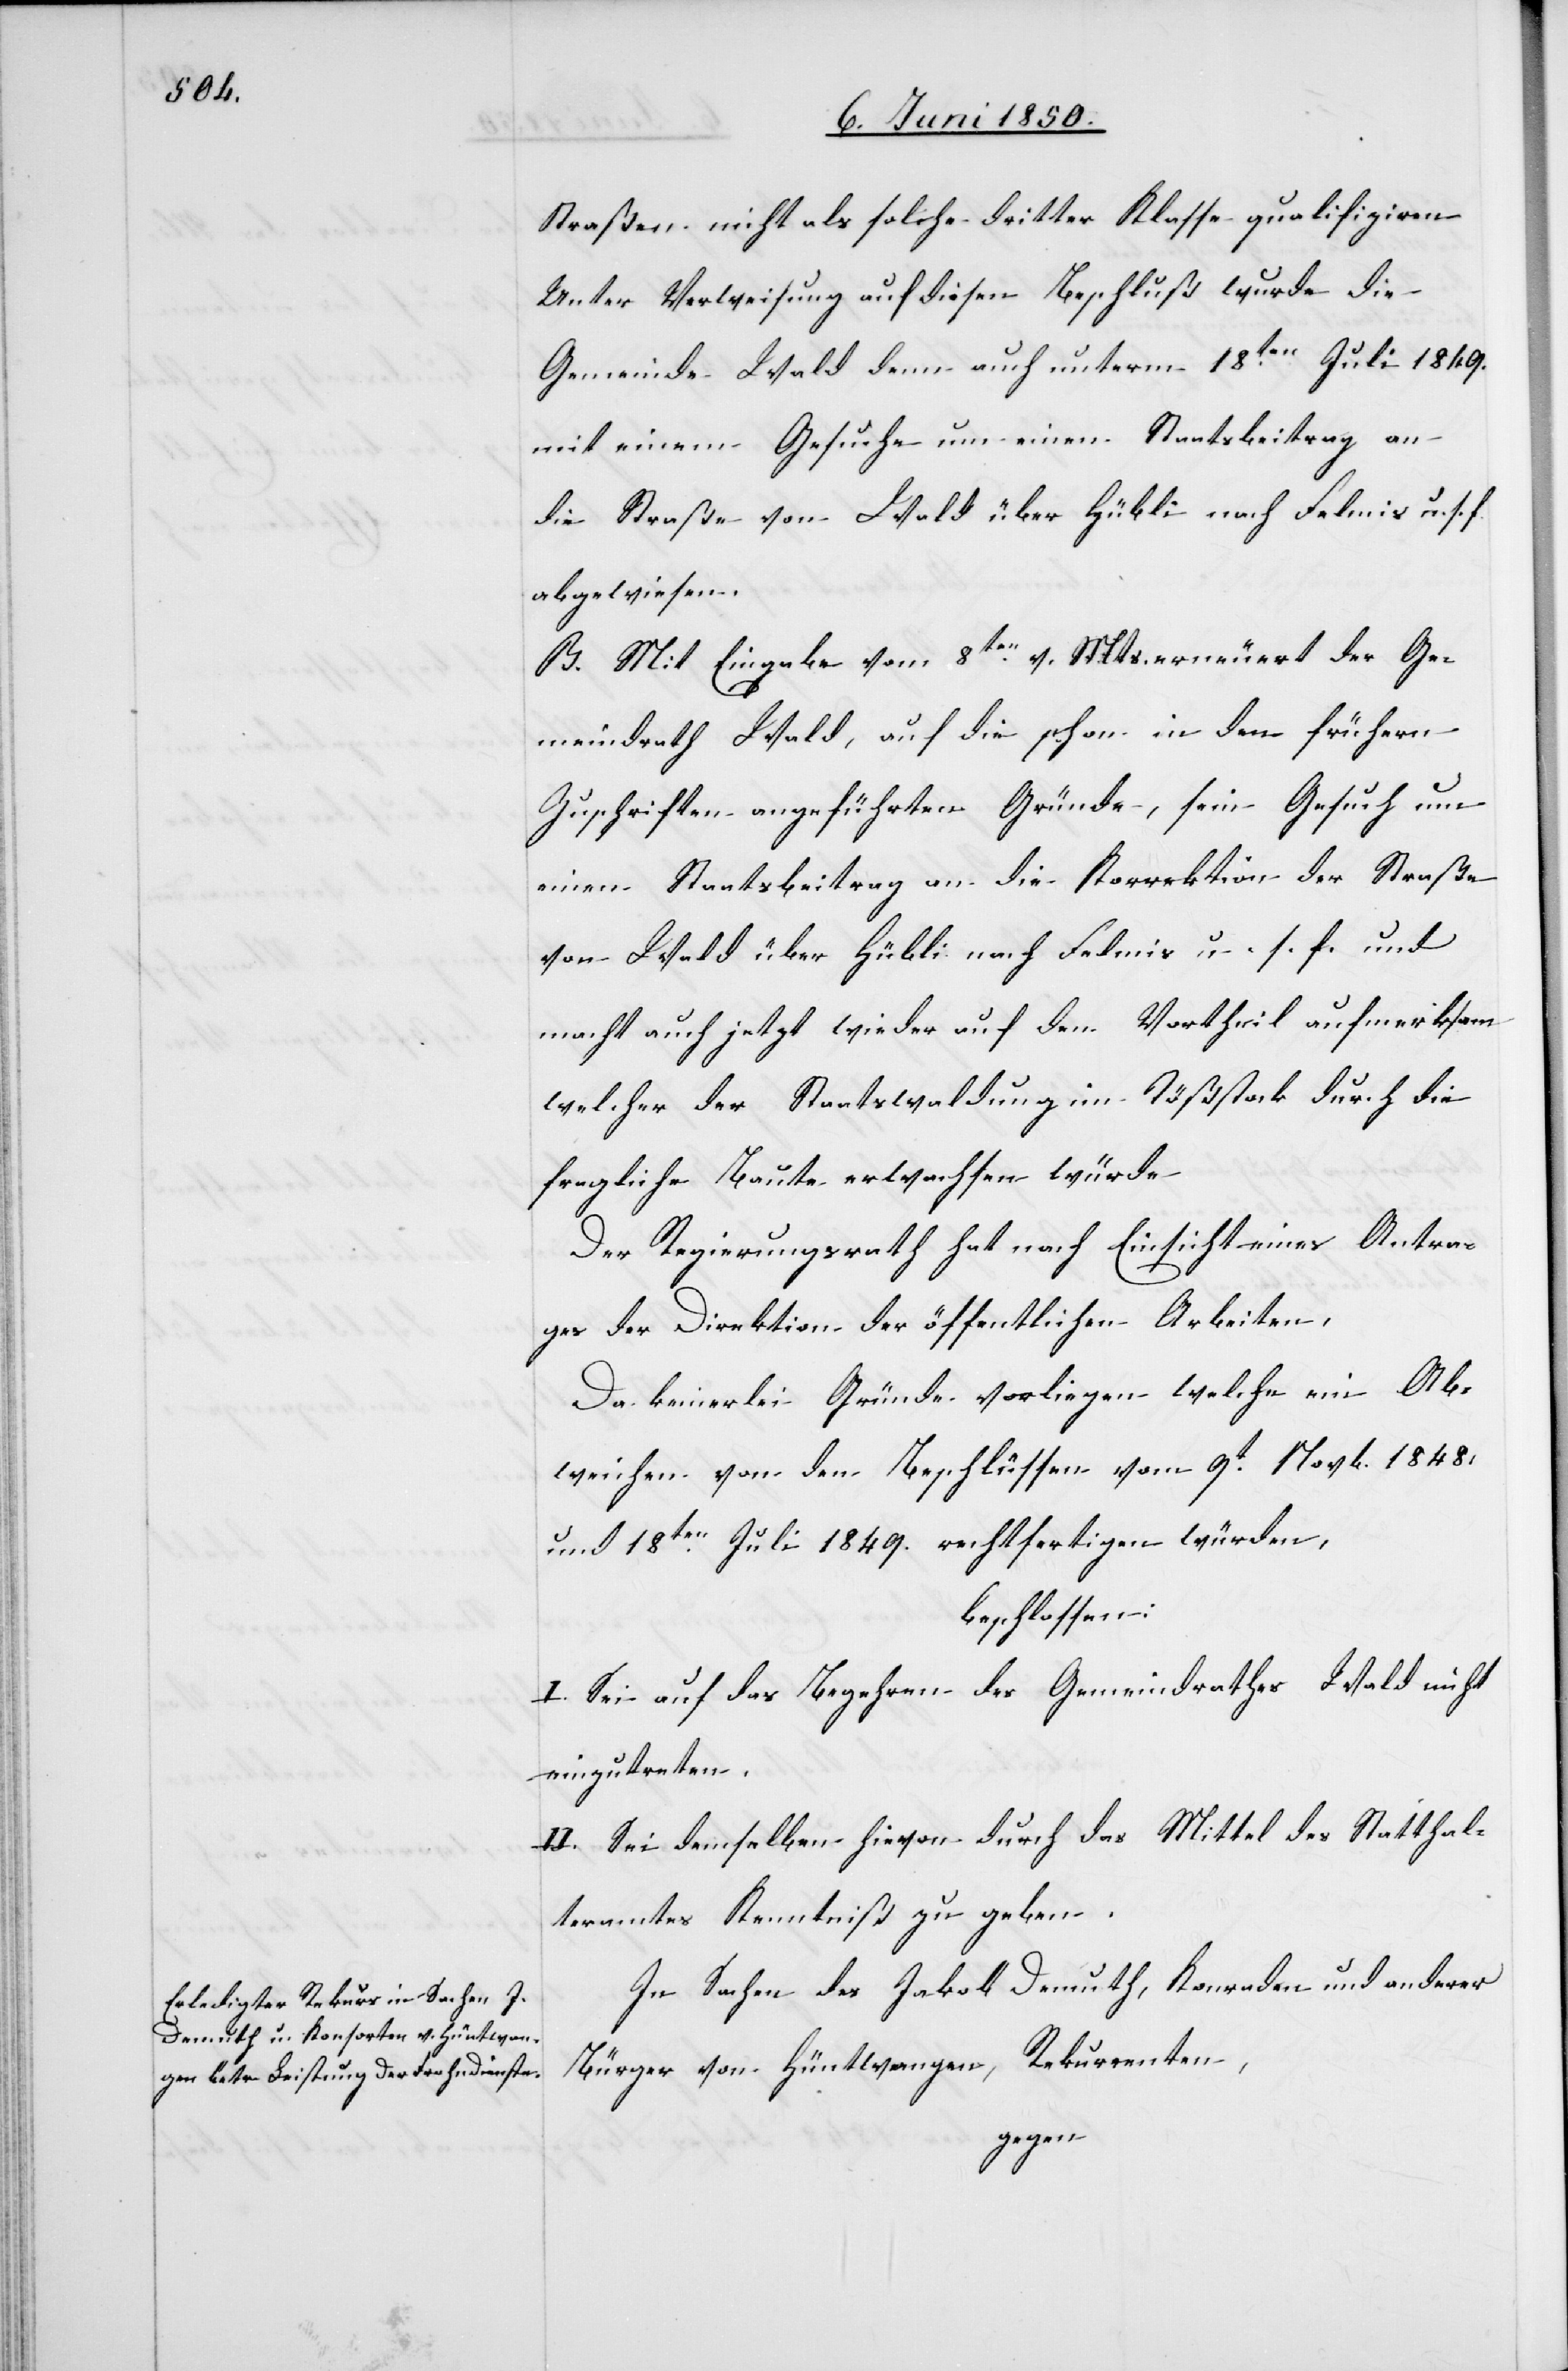
Straßen nicht als solche dritter Klasse qualifiziren[.]
Unter Verweisung auf diesen Beschluß wurde die
Gemeinde Wald denn auch unterm 18ten Juli 1849.
mit einem Gesuche um einen Staatsbeitrag an
die Straße von Wald über Hübli nach Felmis u. s. f.
abgewiesen.
B. Mit Eingabe vom 8ten v. Mts. erneuert der Ge¬
meindrath Wald, auf die schon in den frühern
Zuschriften angeführten Gründe, sein Gesuch um
einen Staatsbeitrag an die Korrektion der Straße
von Wald über Hübli nach Felmis u. s. f. und
macht auch jetzt wieder auf den Vortheil aufmerksam
welcher der Staatswaldung im Tößstock durch die
fragliche Baute erwachsen würde
Der Regierungsrath hat nach Einsicht eines Antra¬
ges der Direktion der öffentlichen Arbeiten,
Da keinerlei Gründe vorliegen welche ein Ab¬
weichen von den Beschlüssen vom 9t Novb. 1848.
und 18ten Juli 1849. rechtfertigen würden,
beschlossen:
I. Sei auf das Begehren des Gemeindrathes Wald nicht
einzutreten.
II. Sei demselben hievon durch das Mittel des Statthal¬
teramtes Kenntniß zu geben.